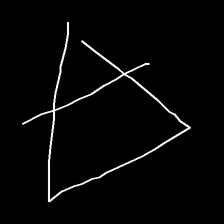
Glyph: empower